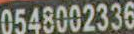
0548002336